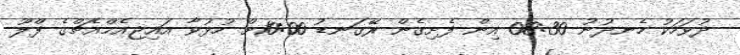
ދުވަހަކު ހެނދުނު 08:30 އިން ފެށިގެން ރޭގަނޑު 10:00ށް ހުޅުވާ އައިޖިއެމްއެޗްގެ ފްލޫ